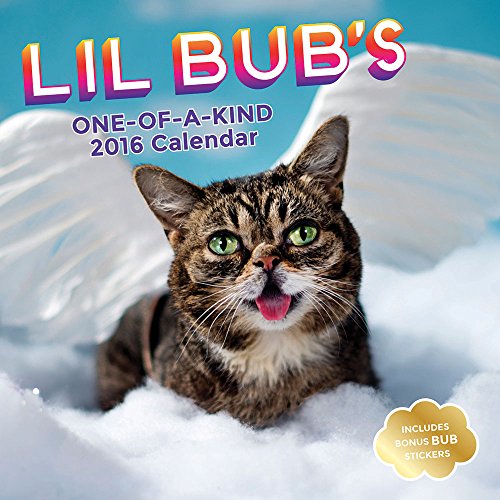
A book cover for Lil Bub 2016 Wall Calendar; Lil Bub Lil Bub; Calendars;